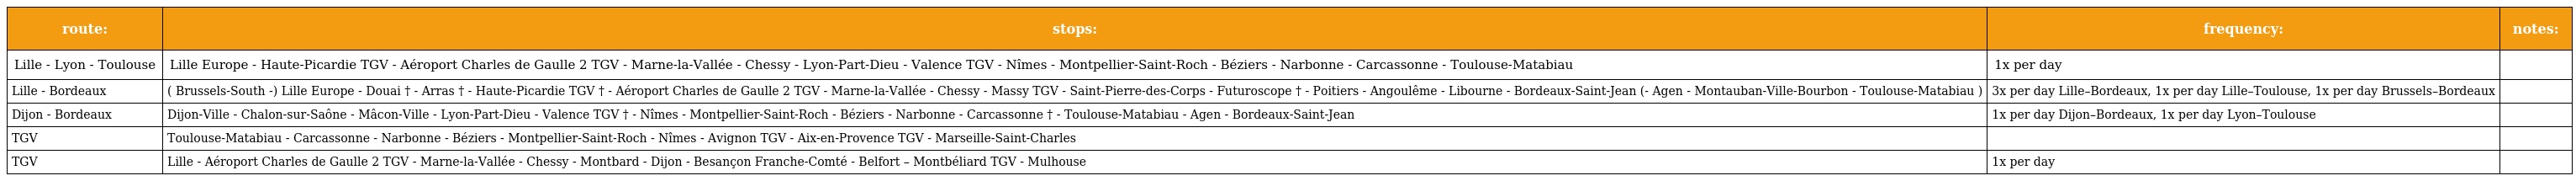
| route: | stops: | frequency: | notes: |
 | --- | --- | --- | --- |
 | Lille - Lyon - Toulouse | Lille Europe - Haute-Picardie TGV - Aéroport Charles de Gaulle 2 TGV - Marne-la-Vallée - Chessy - Lyon-Part-Dieu - Valence TGV - Nîmes - Montpellier-Saint-Roch - Béziers - Narbonne - Carcassonne - Toulouse-Matabiau | 1x per day |  |
 | Lille - Bordeaux | ( Brussels-South -) Lille Europe - Douai † - Arras † - Haute-Picardie TGV † - Aéroport Charles de Gaulle 2 TGV - Marne-la-Vallée - Chessy - Massy TGV - Saint-Pierre-des-Corps - Futuroscope † - Poitiers - Angoulême - Libourne - Bordeaux-Saint-Jean (- Agen - Montauban-Ville-Bourbon - Toulouse-Matabiau ) | 3x per day Lille–Bordeaux, 1x per day Lille–Toulouse, 1x per day Brussels–Bordeaux |  |
 | Dijon - Bordeaux | Dijon-Ville - Chalon-sur-Saône - Mâcon-Ville - Lyon-Part-Dieu - Valence TGV † - Nîmes - Montpellier-Saint-Roch - Béziers - Narbonne - Carcassonne † - Toulouse-Matabiau - Agen - Bordeaux-Saint-Jean | 1x per day Dijon–Bordeaux, 1x per day Lyon–Toulouse |  |
 | TGV | Toulouse-Matabiau - Carcassonne - Narbonne - Béziers - Montpellier-Saint-Roch - Nîmes - Avignon TGV - Aix-en-Provence TGV - Marseille-Saint-Charles |  |  |
 | TGV | Lille - Aéroport Charles de Gaulle 2 TGV - Marne-la-Vallée - Chessy - Montbard - Dijon - Besançon Franche-Comté - Belfort – Montbéliard TGV - Mulhouse | 1x per day |  |